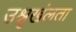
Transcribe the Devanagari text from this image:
उश्रृखंलता